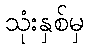
သုံးနှစ်မှ